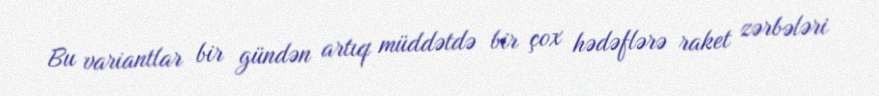
Bu variantlar bir gündən artıq müddətdə bir çox hədəflərə raket zərbələri